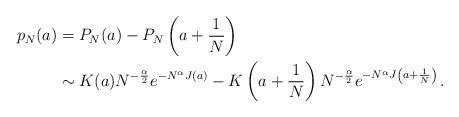
LaTeX: \begin{align*}\begin{aligned}p_N(a) &= P_N(a) - P_N\left(a + \frac 1N\right)\\&\sim K(a) N^{-\frac \alpha 2} e^{-N^\alpha J(a)} - K\left(a + \frac 1N\right) N^{-\frac \alpha 2} e^{-N^\alpha J\left(a + \frac 1 N\right)}\,.\end{aligned}\end{align*}